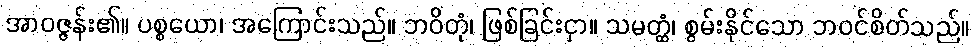
အာဝဇ္ဇန်း၏။ ပစ္စယော၊ အကြောင်းသည်။ ဘဝိတုံ၊ ဖြစ်ခြင်းငှာ။ သမတ္ထံ၊ စွမ်းနိုင်သော ဘဝင်စိတ်သည်။